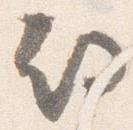
期